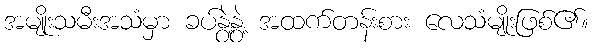
အမျိုးသမီးအသံမှာ ခပ်နွဲ့နွဲ့ အထက်တန်းစား လေသံမျိုးဖြစ်၏။